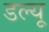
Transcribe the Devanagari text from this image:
डल्यू